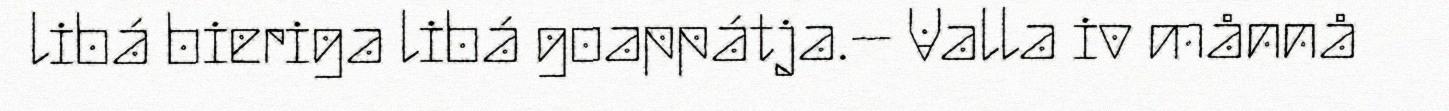
libá bieriga libá goappátja.– Valla iv månnå